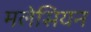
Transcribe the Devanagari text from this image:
मलेसियन